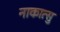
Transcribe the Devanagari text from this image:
नाकात्सु